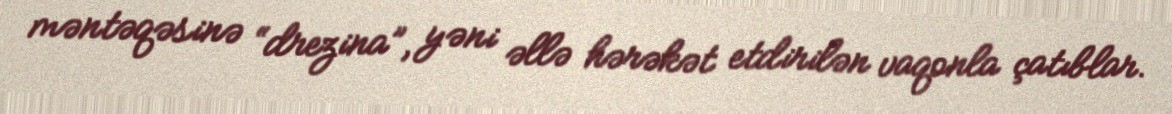
məntəqəsinə “drezina”, yəni əllə hərəkət etdirilən vaqonla çatıblar.